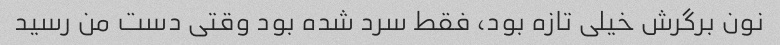
نون برگرش خیلی تازه بود، فقط سرد شده بود وقتی دست من رسید